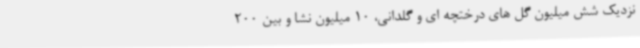
نزدیک شش میلیون گل های درختچه ای و گلدانی، 10 میلیون نشا و بین 200